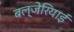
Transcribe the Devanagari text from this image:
बल्जेरियाई